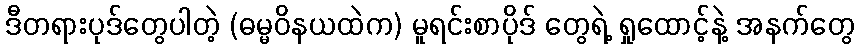
ဒီတရားပုဒ်တွေပါတဲ့ (ဓမ္မဝိနယထဲက) မူရင်းစာပိုဒ် တွေရဲ့ ရှုထောင့်နဲ့ အနက်တွေ